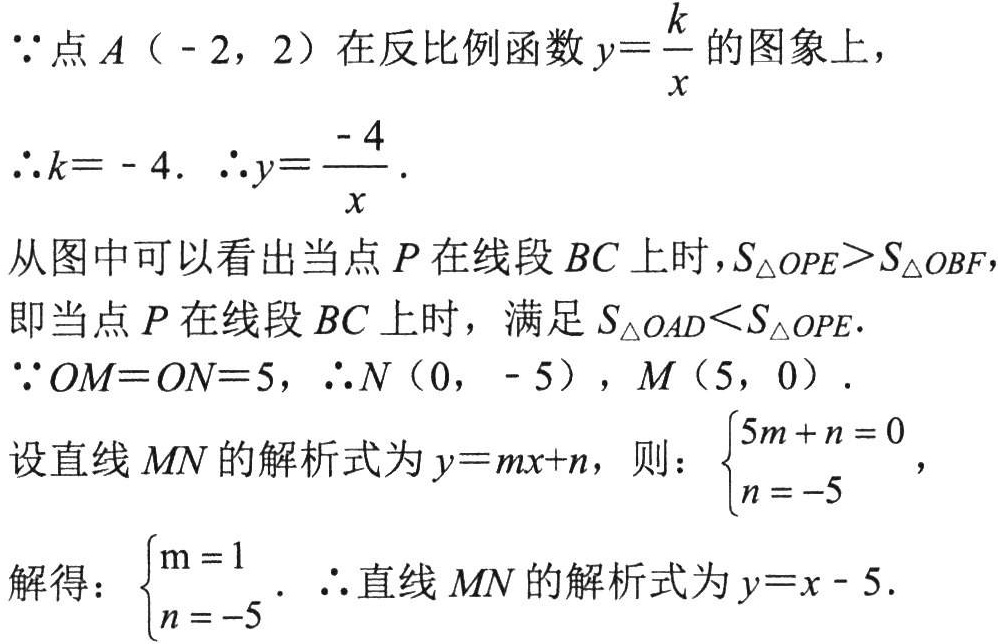
$\because$点$A（-2，2）$在反比例函数$y = \frac{k}{x}$的图象上，

$\therefore k = - 4$. $\therefore y = \frac{-4}{x}$.

从图中可以看出当点$P$在线段$BC$上时，$S_{\triangle OPE}>S_{\triangle OBF}$，

即当点$P$在线段$BC$上时，满足$S_{\triangle OAD}<S_{\triangle OPE}$.

$\because OM = ON = 5$，$\therefore N（0， - 5）$，$M（5，0）$.

设直线$MN$的解析式为$y = mx + n$，则：$\begin{cases}5m + n = 0\\n = - 5\end{cases}$，

解得：$\begin{cases}m = 1\\n = - 5\end{cases}$. $\therefore$直线$MN$的解析式为$y = x - 5$.